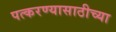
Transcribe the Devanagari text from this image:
पत्करण्यासाठीच्या